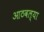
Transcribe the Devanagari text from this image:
आठवल्या